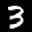
Label: 3